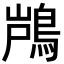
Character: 𮬵